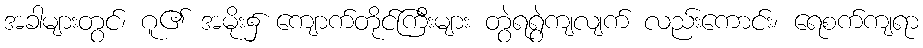
အခါများတွင်၊ ဂူ၏ အမိုး၌ ကျောက်တိုင်ကြီးများ တွဲရရွဲကျလျက် လည်းကောင်း၊ ရေစက်ကျရာ